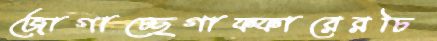
জোগাচ্ছেগাফ্ফারেরচি